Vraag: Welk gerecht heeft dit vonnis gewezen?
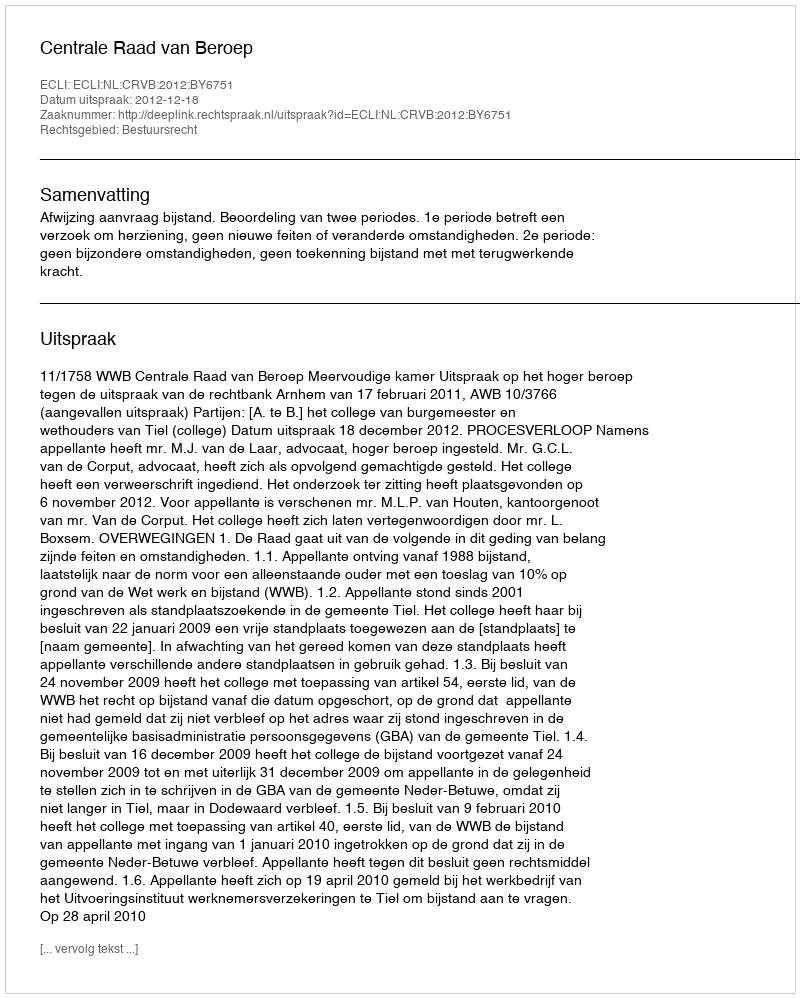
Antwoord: Centrale Raad van Beroep